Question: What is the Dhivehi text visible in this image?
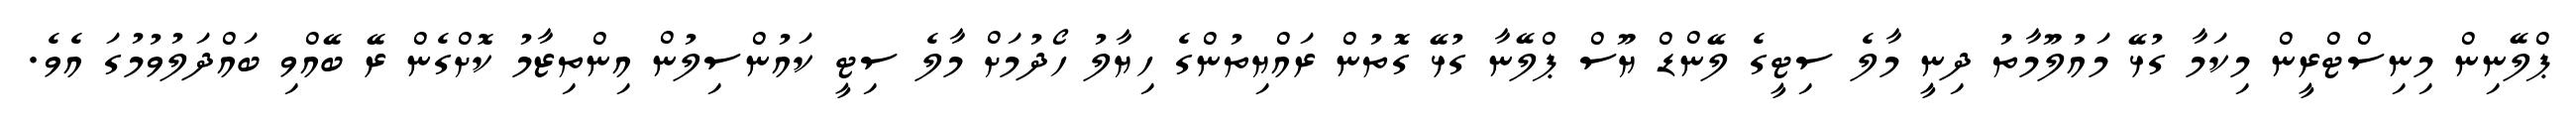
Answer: ޕްލޭނިން މިނިސްޓްރީން މިކަމާ ގުޅޭ މައުލޫމާތު ދިނީ މާލެ ސިޓީގެ ލޭންޑް ޔޫސް ޕްލޭނާ ގުޅޭ ގޮތުން ރައްޔިތުންގެ ހިޔާލު ހޯދުމަށް މާލެ ސިޓީ ކައުންސިލުން އިންތިޒާމު ކޮށްގެން ރޭ ބޭއްވި ބައްދަލުވުމުގަ އެވެ.